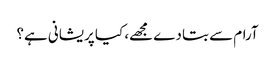
آرام سے بتا دے مجھے، کیا پریشانی ہے؟